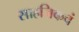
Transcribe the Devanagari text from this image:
साहजिकचं